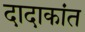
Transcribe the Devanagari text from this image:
दादाकांत